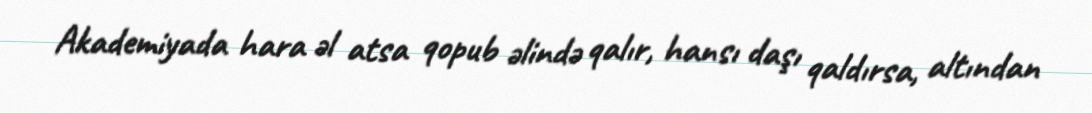
Akademiyada hara əl atsa qopub əlində qalır, hansı daşı qaldırsa, altından